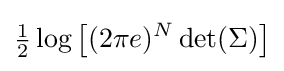
{\tfrac {1}{2}}\log \left[(2\pi e)^{N}\det(\Sigma )\right]